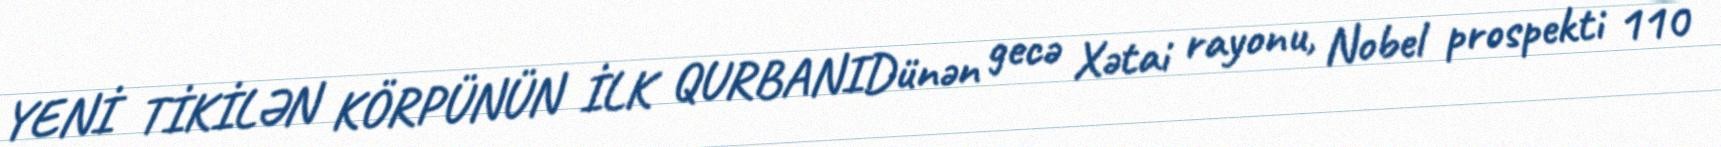
YENİ TİKİLƏN KÖRPÜNÜN İLK QURBANIDünən gecə Xətai rayonu, Nobel prospekti 110